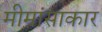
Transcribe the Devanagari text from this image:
मीमांसाकार